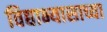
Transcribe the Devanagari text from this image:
विद्याभ्यासाच्या